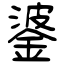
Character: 錃